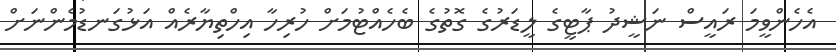
އެހެންވީމަ ރައީސް ނަޝީދު ޕާޓީގެ ލީޑަރުގެ ގޮތުގެ ބެހެއްޓުމަށް ހުރިހާ އިހްތިޔާރެއް އަޅުގަނޑުމެންނަށް